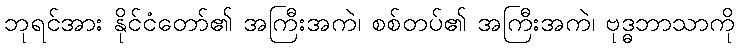
ဘုရင်အား နိုင်ငံတော်၏ အကြီးအကဲ၊ စစ်တပ်၏ အကြီးအကဲ၊ ဗုဒ္ဓဘာသာကို